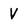
Character: V